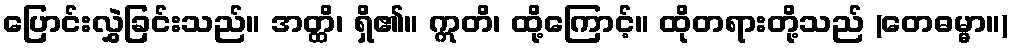
ပြောင်းလွှဲခြင်းသည်။ အတ္ထိ၊ ရှိ၏။ ဣတိ၊ ထို့ကြောင့်။ ထိုတရားတို့သည် (တေဓမ္မာ။)